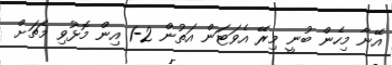
އޭނާ މިހެން ބުނީ މިރޭ އެވަޓަން އަތުން 2-1 އިން މޮޅުވި މެޗަށް